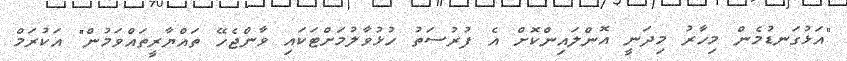
"އަޅުގަނޑުމެން މިހާރު މިދަނީ އޮންލައިންކޮށް އެ ފުރުސަތު ހުޅުވާލުމަށްޓަކައި ވާންޖެހޭ ތައްޔާރީތައްވަމުން" އަކުރަމް